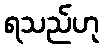
ရသည်ဟု